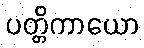
ပတ္တိကာယော